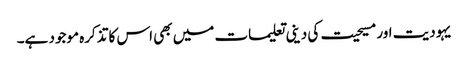
یہودیت اور مسیحیت کی دینی تعلیمات میں بھی اس کا تذکرہ موجود ہے۔